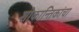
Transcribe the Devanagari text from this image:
शोकान्तिकांचा